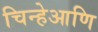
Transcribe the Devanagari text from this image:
चिन्हेआणि